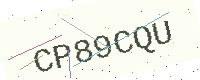
Text: CP89CQU